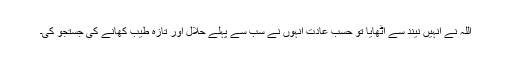
اللہ نے انہیں نیند سے اٹھایا تو حسب عادت انہوں نے سب سے پہلے حلال اور تازہ طیب کھانے کی جستجو کی۔